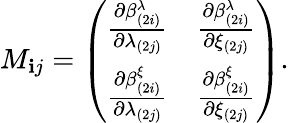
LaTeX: M_{\mathbf{i}j}=\left(\begin{array}{cc}{{{\frac{\partial\beta_{(2i)}^{\lambda}}{\partial\lambda_{(2j)}}}}}&{{{\frac{\partial\beta_{(2i)}^{\lambda}}{\partial\xi_{(2j)}}}}}\\ {{{\frac{\partial\beta_{(2i)}^{\xi}}{\partial\lambda_{(2j)}}}}}&{{{\frac{\partial\beta_{(2i)}^{\xi}}{\partial\xi_{(2j)}}}}}\end{array}\right).